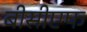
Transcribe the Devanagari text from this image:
बीसीएफ